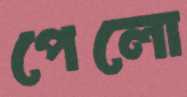
পেলো